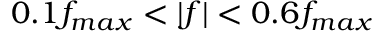
0 . 1 f _ { m a x } < | f | < 0 . 6 f _ { m a x }